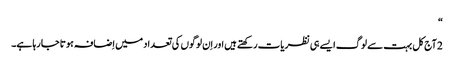
‏“‏
2 آج‌کل بہت سے لوگ ایسے ہی نظریات رکھتے ہیں اور اِن لوگوں کی تعداد میں اِضافہ ہوتا جا رہا ہے۔